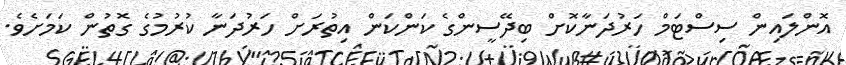
އޮންލައިން ސިސްޓަމް ހަރުދަނާކޮށް ބިދޭސީންގެ ކަންކަން އިތުރަށް ހަރުދަނާ ކުރުމުގެ ގޮތުން ކަމަށެވެ.